Jaan_Tonisson_(Lasteleht), lk 121
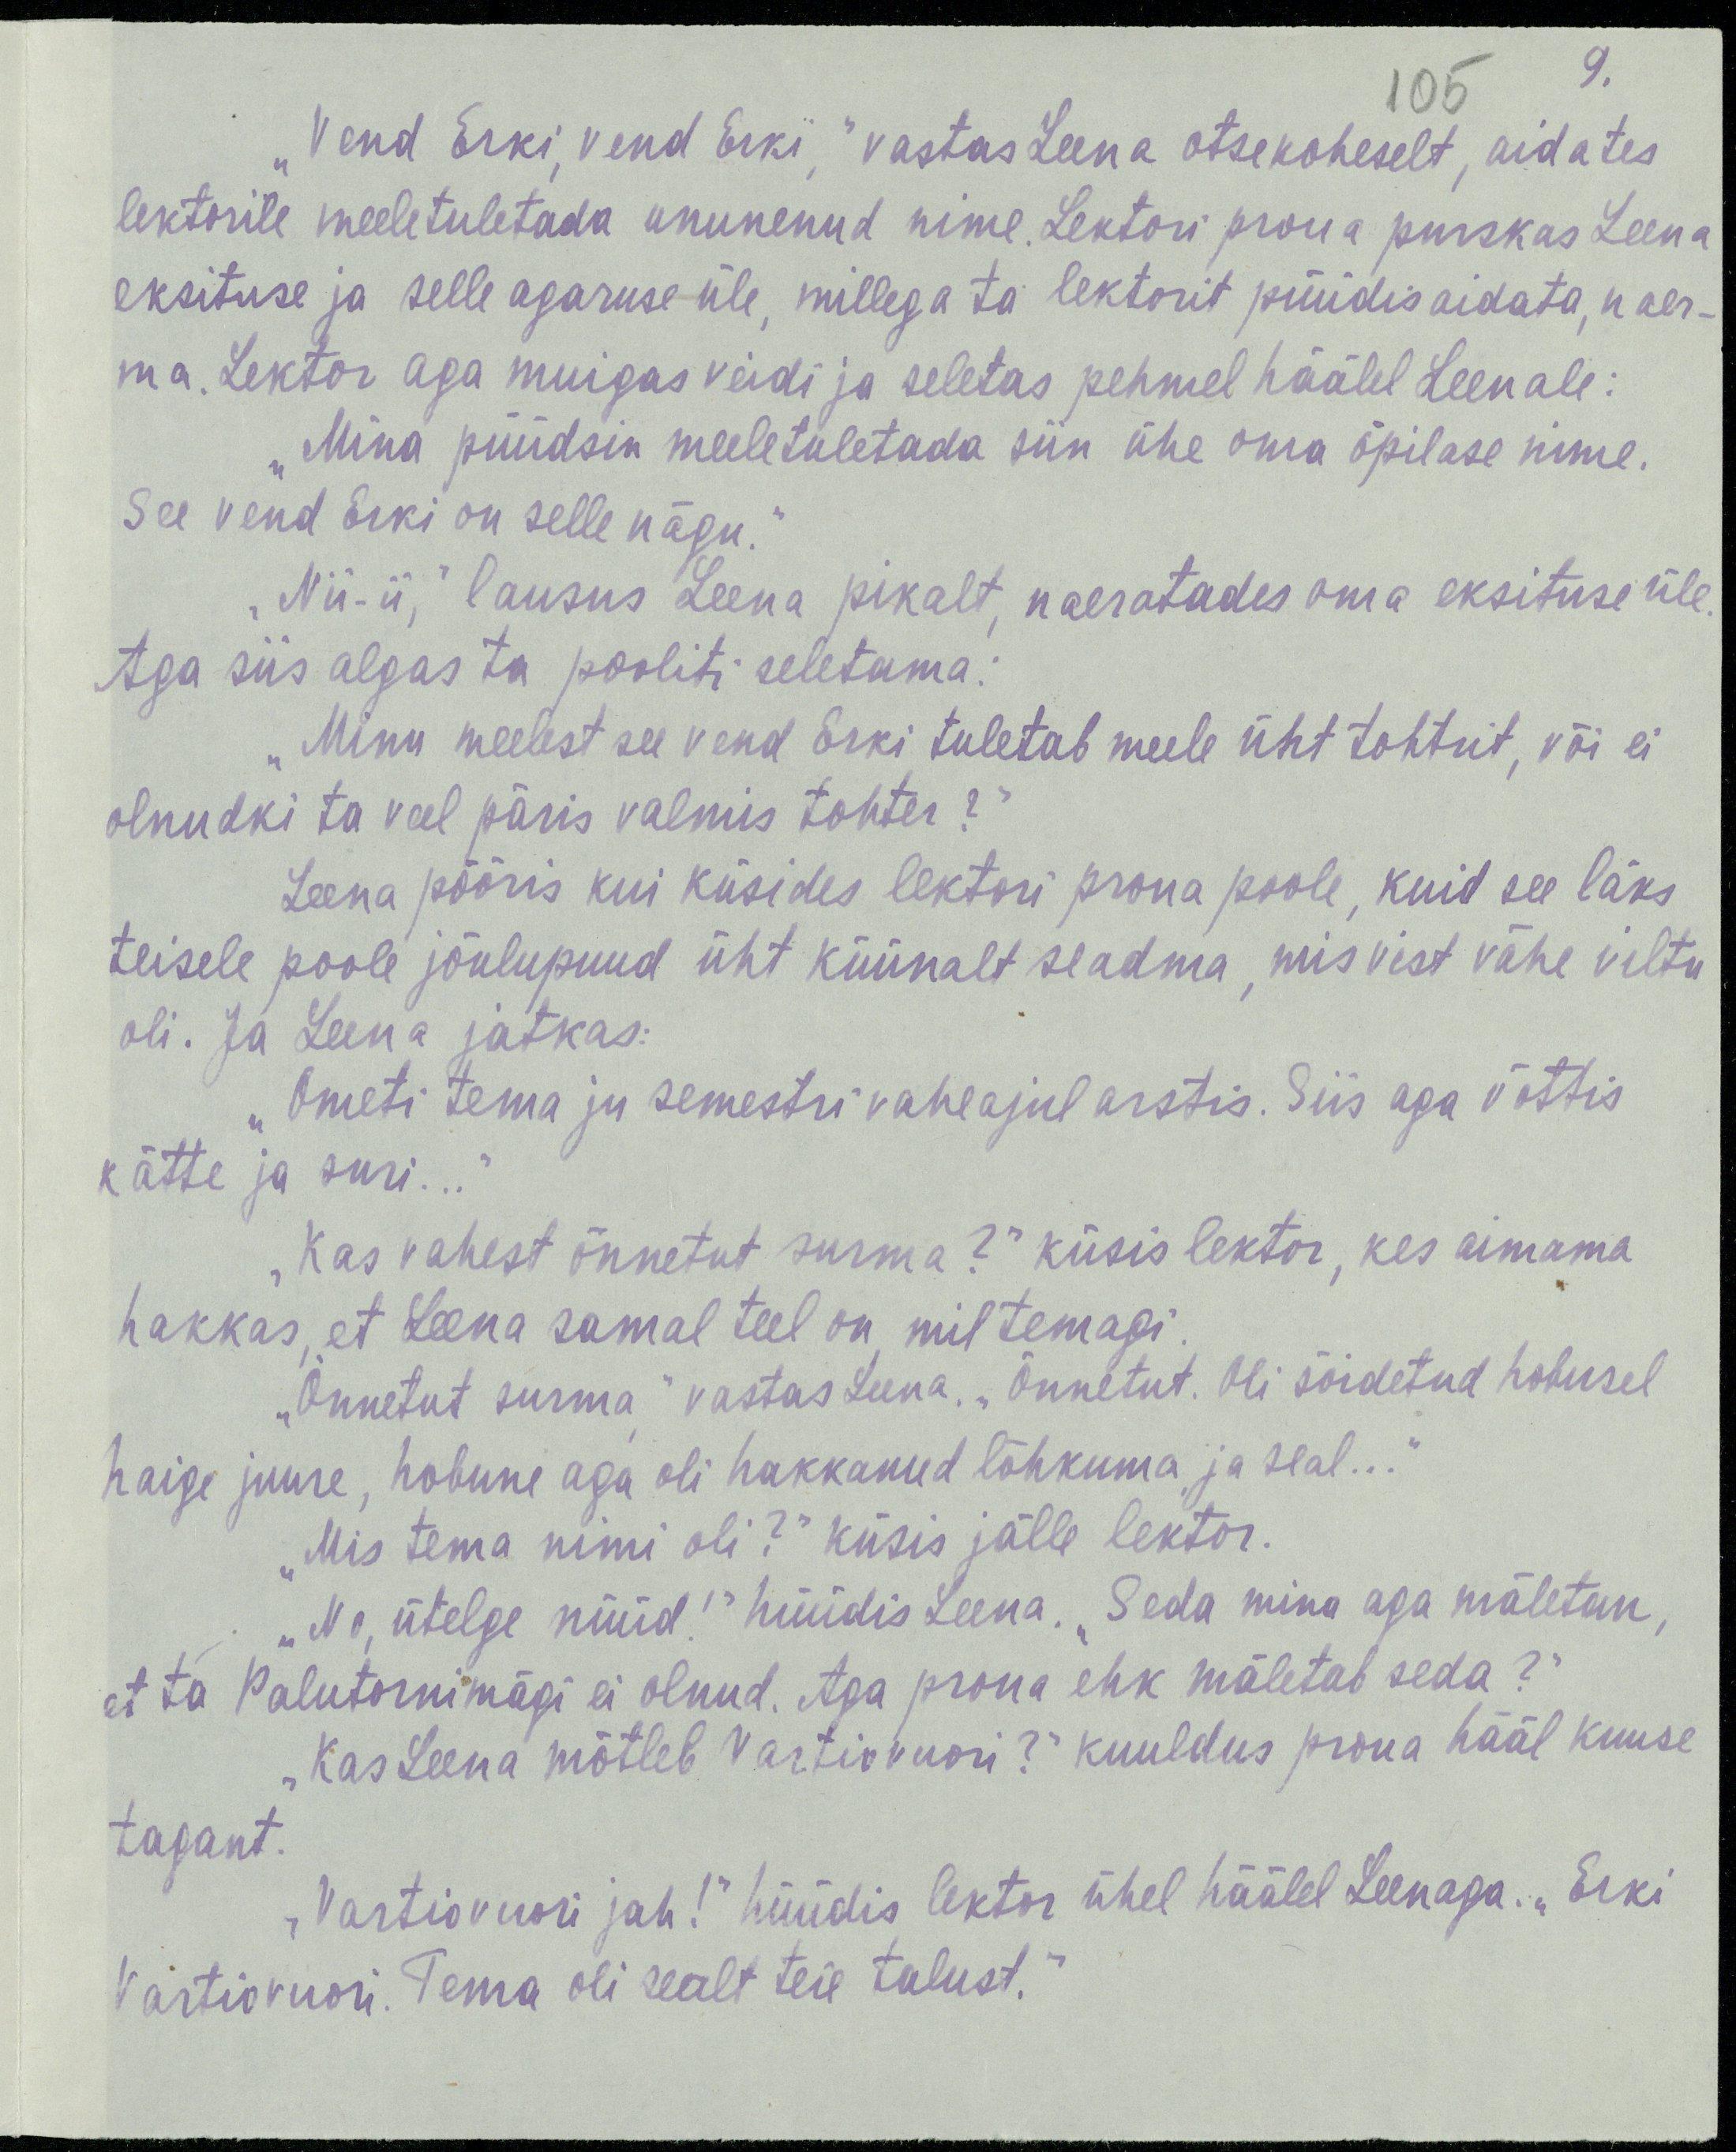
9.
105
„Vend Erki, vend Erki,“ vastas Leena otsekoheselt, aidates
lektorile meeletuletada ununenud nime. Lektori proua purkas Leena
eksituse ja selle agaruse üle, millega ta lektorit püüdis aidata, naer-
ma. Lektor aga muigas veidi ja seletas pehmel häälel Leenale:
„Mina püüdsin meeletuletada siin ühe oma õpilase nime.
See vend Erki on selle nägu."
„Nii-ii,“ lausus Leena pikalt, naeratades oma eksituse üle.
Aga siis algas ta pooliti seletama:
„Minu meelest see vend Erki tuletab meele üht tohtrit, või ei
olnudki ta veel päris valmis tohter?“
Leena pööris kui küsides lektori proua poole. kuid see läks
teisele poole jõulupuud üht küünalt seadma, mis vist vähe viltu
oli. Ja Leena jatkas:
„Ometi tema ju semestri vaheajul arstis. Siis aga võttis
kätte ja suri...“
„Kas vahest õnnetut surma?“ kusis lektor, kes aimama
hakkas, et Leena samal teel on, mil temagi.
„Õnnetut surma,“ vastas Leena. „Õnnetut. Oli sõidetud hobusel
haige juure, hobune aga oli hakkanud lõhkuma ja seal...“
„Mis tema nimi oli?“ küsis jälle lektor.
„No, ütelge nüüd!“ hüüdis Leena. „Seda mina aga mäletan,
et ta Palutornimägi ei olnud. Aga proua ehk mäletab seda?“
„Kas Leena mõtleb Vartiovuori?“ kuuldus proua hääl kuuse
tagant.
„Vartiovuori jah!“ hüüdis lektor ühel häälel Leenaga. „Erki
Vartiovuori. Tema oli sealt teie talust.“